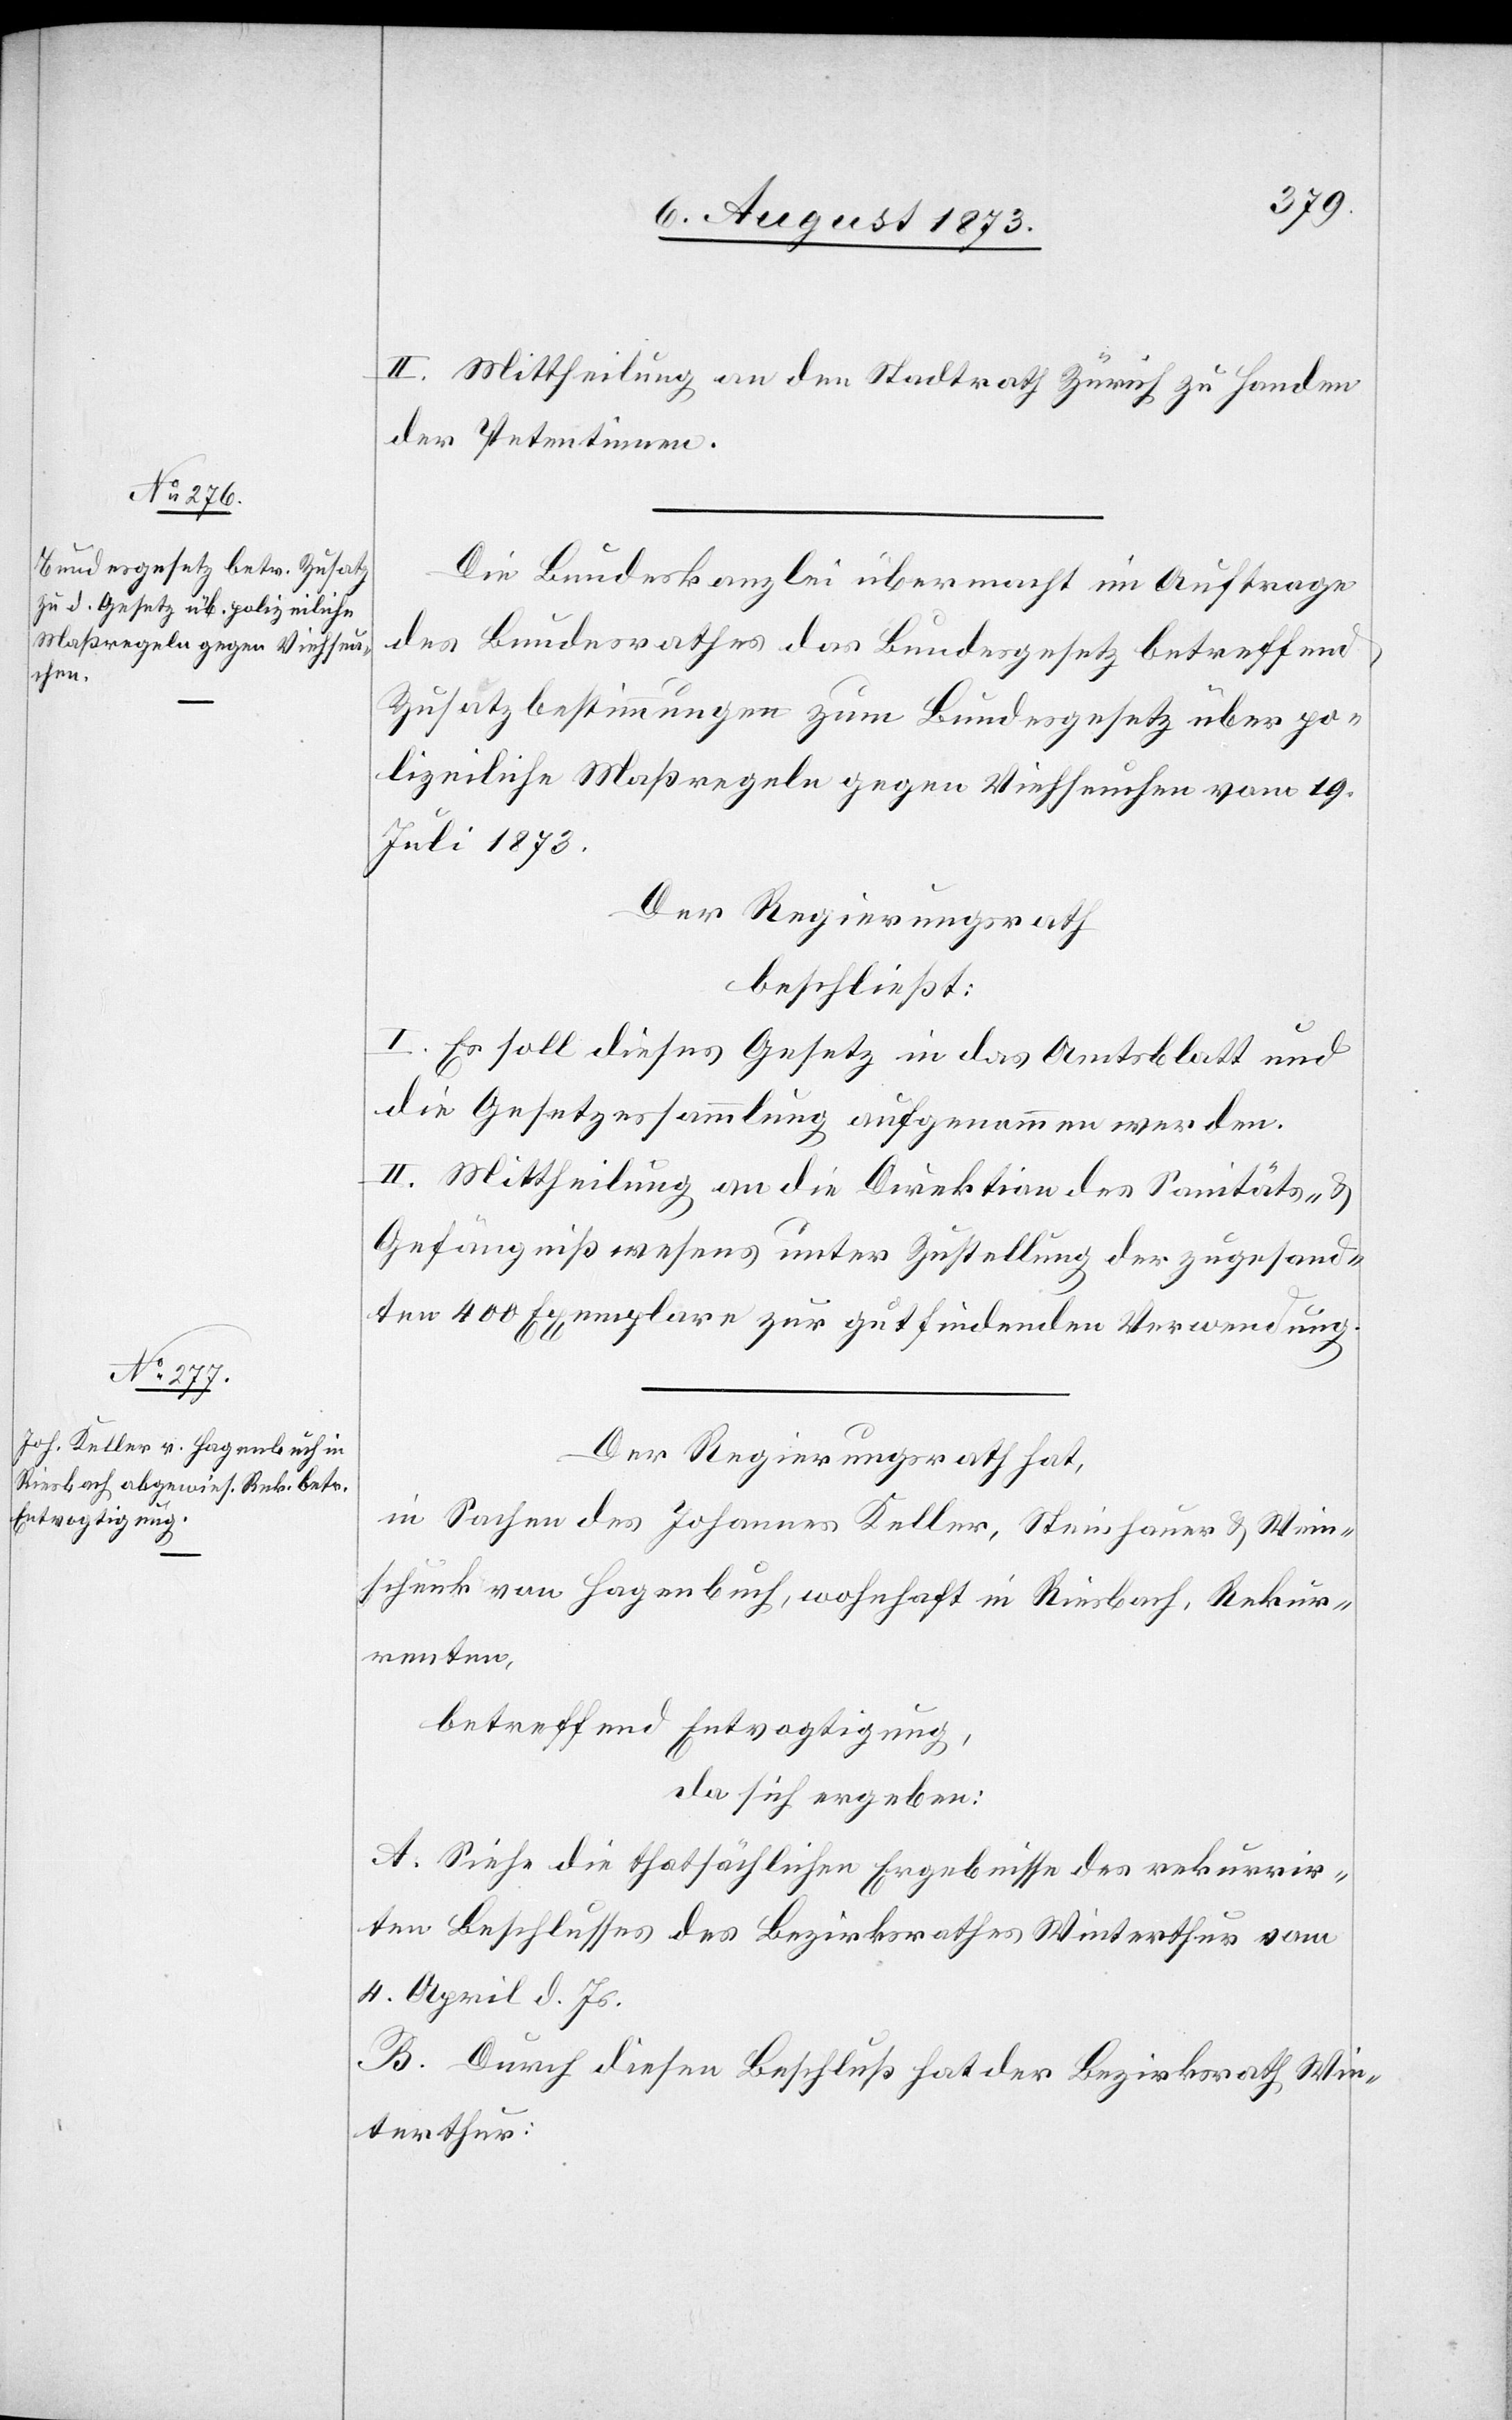
II. Mittheilung an den Stadtrath Zürich zu Handen
der Petentinnen.
Die Bundeskanzlei übermacht im Auftrage
des Bundesrathes das Bundesgesetz betreffend
Zusatzbestimmungen zum Bundesgesetz über po¬
lizeiliche Maßregeln gegen Viehseuchen vom 19.
Juli 1873.
Der Regierungsrath
beschließt:
I. Es soll dieses Gesetz in das Amtsblatt und
die Gesetzessammlung aufgenommen werden.
II. Mittheilung an die Direktion des Sanitäts- &
Gefängnißwesens unter Zustellung der zugesand¬
ten 400 Exemplare zur gutfindenden Verwendung.
Der Regierungsrath hat,
in Sachen des Johannes Keller, Steinhauer & Wein¬
schenk von Hagenbuch, wohnhaft in Riesbach, Rekur¬
renten,
betreffend Entvogtigung,
da sich ergeben:
A. Siehe die thatsächlichen Ergebnisse des rekurrir¬
ten Beschlusses des Bezirksrathes Winterthur vom
4. April d. Js.
B. Durch diesen Beschluß hat der Bezirksrath Win¬
terthur: